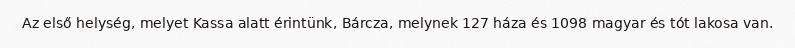
Az első helység, melyet Kassa alatt érintünk, Bárcza, melynek 127 háza és 1098 magyar és tót lakosa van.